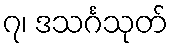
၇၊ ဒသင်္ဂသုတ်